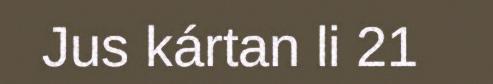
Jus kártan li 21